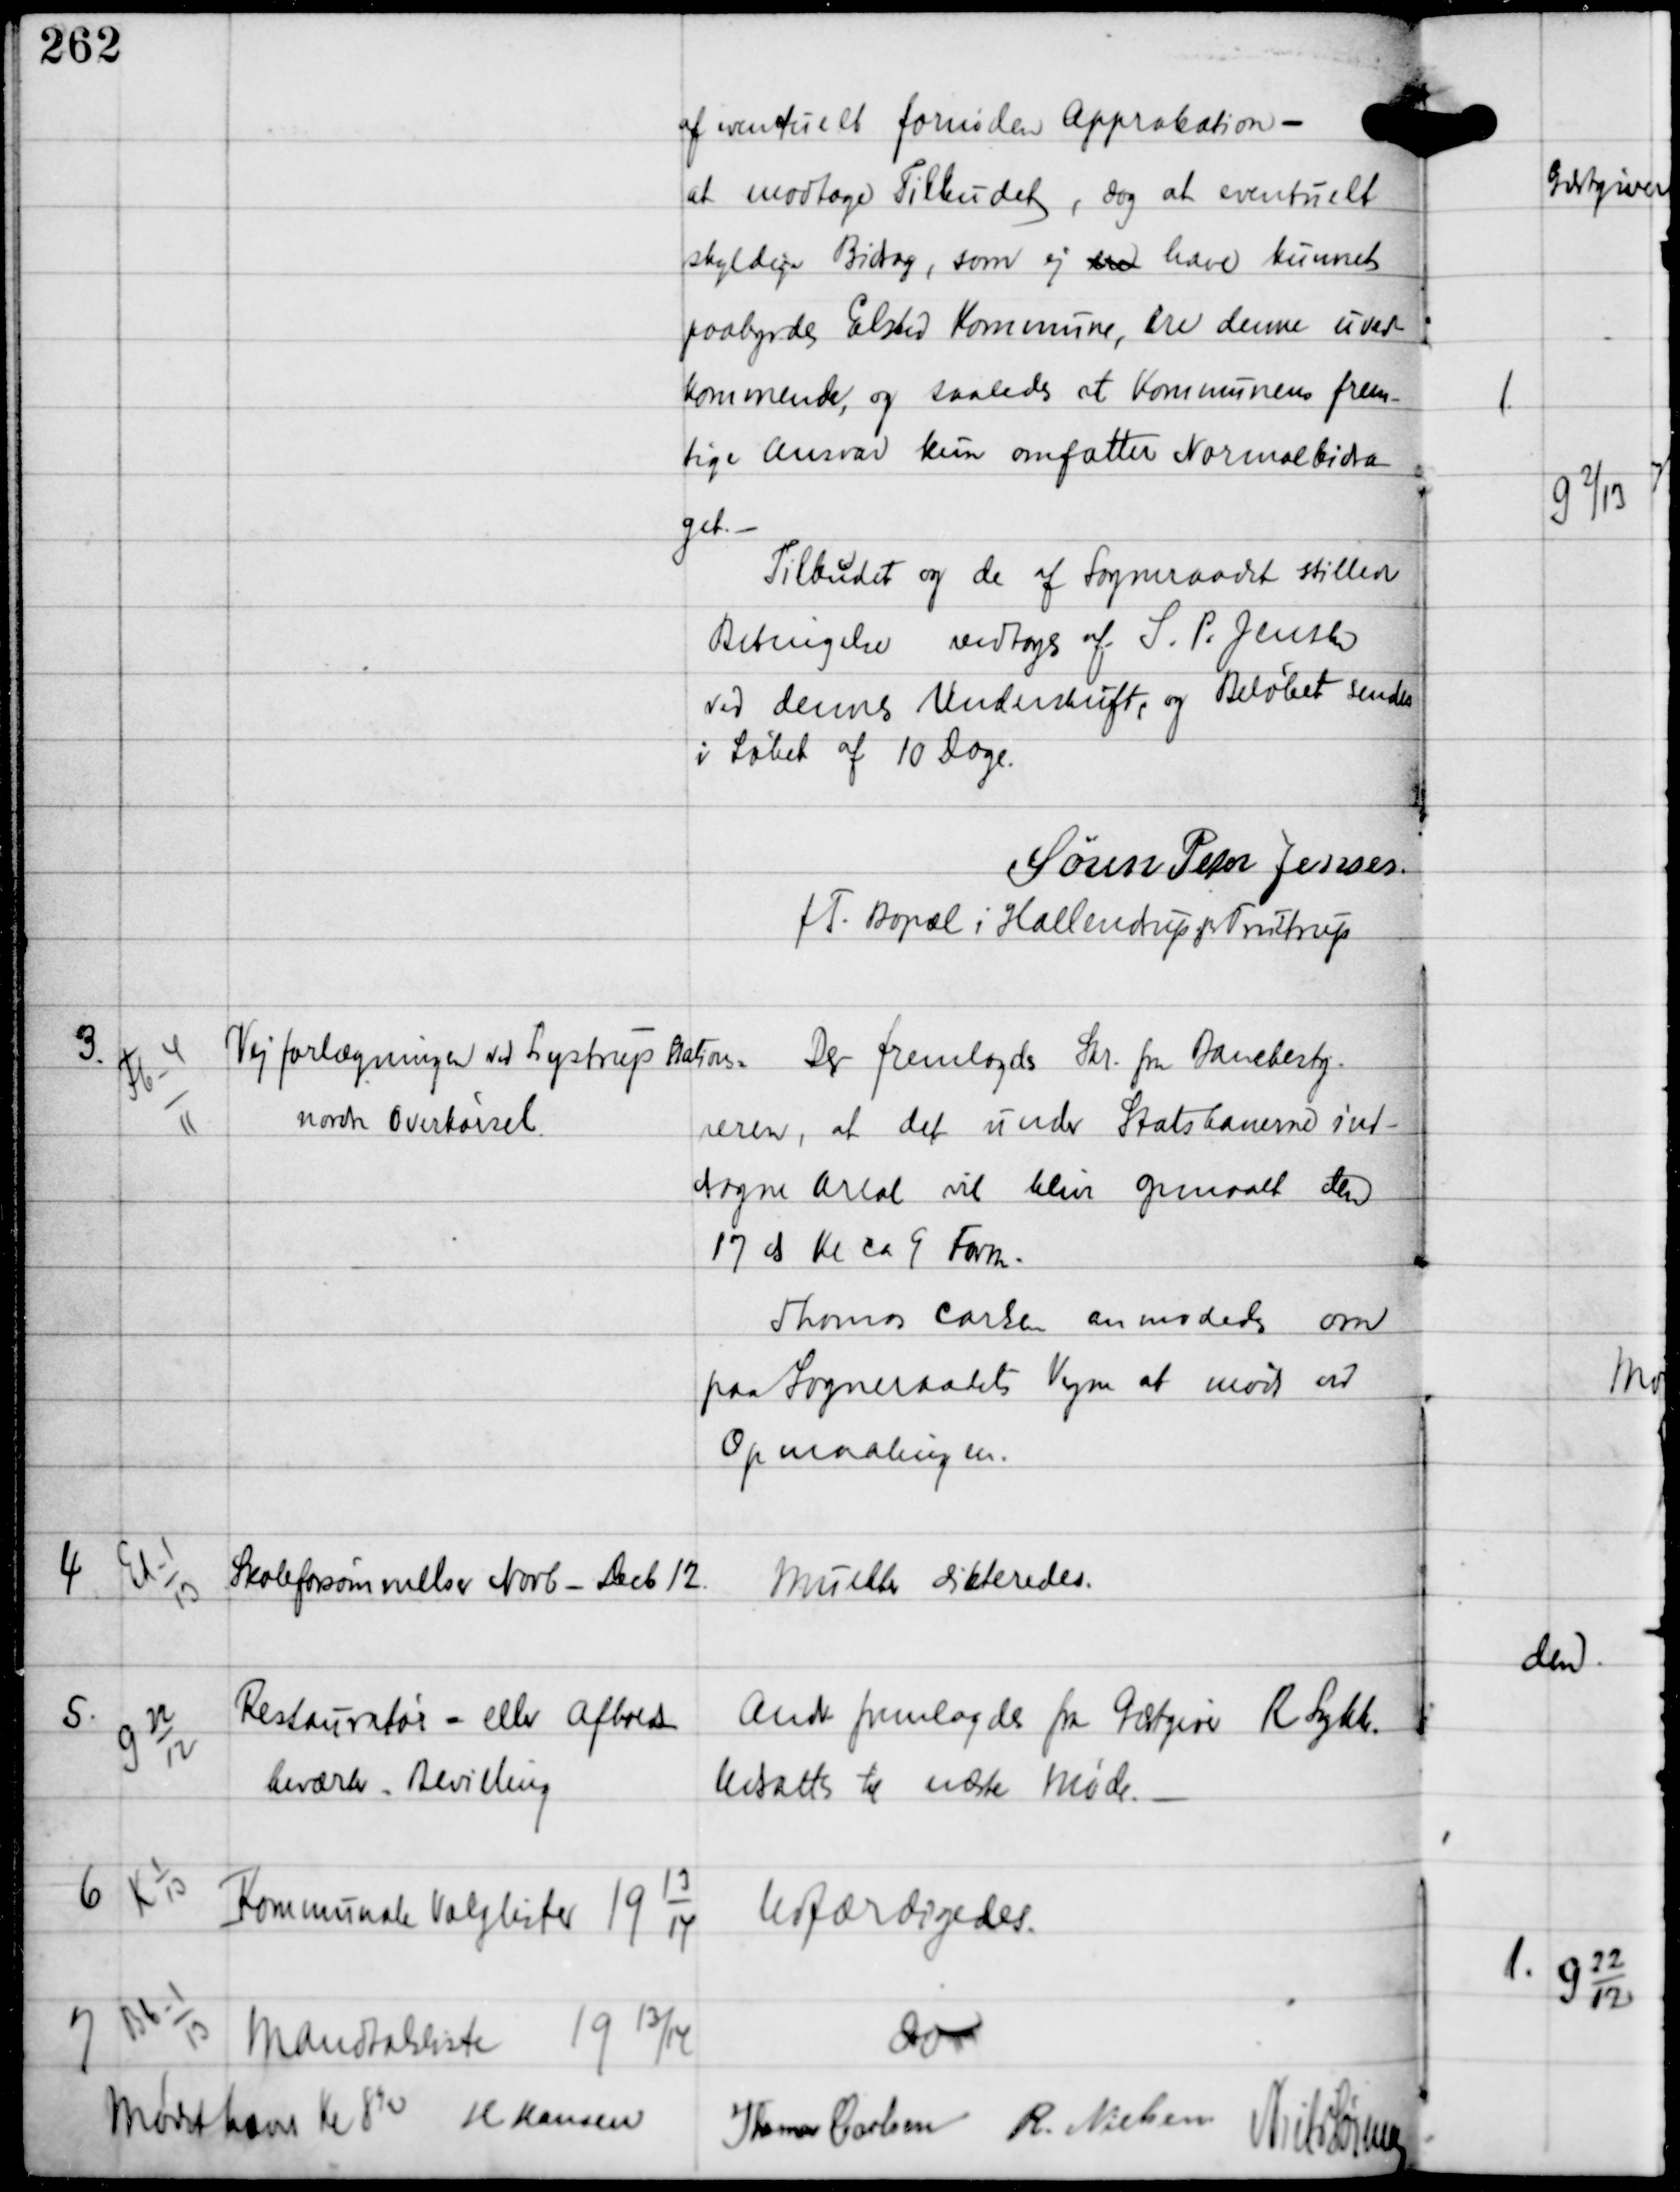
Transskription:
af eventuelt fornøden Approbation -
at modtage Tilbudet, dog at eventuelt
skyldige Bidrag, som ej den have kunnet
paabyrdes Elsted Kommune, ere denne uved-
kommende, og saaledes at Kommunens frem-
tige Ansvar kun opfatter Normalbidra-
get. -
Tilbudet og de af Sogneraadet stillede
Betingelser vedtoges af S. P. Jensen
ved dennes Underskrift, og Beløbet sendes
i Løbet af 10 Dage.
Søren Peter Jensen
f.T. Bopæl i Hallendrup Trustrup

3.

Fb-4
11

Vejforlægningen ved Lystrup Station =
nordre Overkørsel

Der fremlagdes Skr. fra Banebesty-
reren, at det under Statsbanerne ind-
dragne Areal vil blive opmaalt den
17 ds Kl ca 9 Form.
Thomas Carlsen anmodedes om
paa Sogneraadets Vegne at møde ved
Opmaalingen.

4

Ed-1
13

Skoleforsømmelser Novb - Decb 12.

Mulkter dikteredes.

5.

G-22
12

Restauratør - eller Afholds-
beværter - Bevilling

Andr fremlagdes fra Gæstgiver R Lykke.
Udsattes til næste Møde. -

6

K 1
13

Kommunale Valglister 19
13
14

Udfærdigedes.

7

Bb-1
13

Mandtalslister 19 13/14

do

Mødet hævet Kl 8½ H.Hansen
Thomas Carlsen R Nielsen
Niels Sørensen